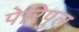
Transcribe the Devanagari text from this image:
पेरिपुल